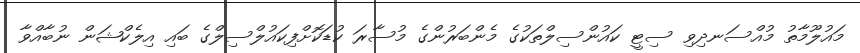
މައުލޫމާތު މުއްސަނދިވި ސިޓީ ކައުންސިލްތަކުގެ މެންބަރުންގެ މުސާރަ ކުޑަކޮށްފިކައުލްސިލްގެ ބައި އިލެކްޝަން ނުބާއްވާ